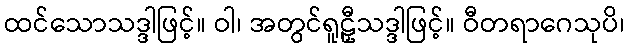
ထင်သောသဒ္ဒါဖြင့်။ ဝါ၊ အတွင်ရူဠှီသဒ္ဒါဖြင့်။ ဝီတရာဂေသုပိ၊